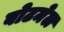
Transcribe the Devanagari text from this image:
बोटमेल